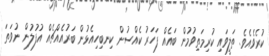
ކުރެވެއެވެ. ތަލީވައި ކުރިމަތިވުމުން ބައެއް ފަހަރު ކެއްސުން ކިނބިހިއެޅުން ބަރުއެއްޗެއް އުފުލުން ނުވަތަ